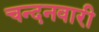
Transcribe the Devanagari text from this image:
चन्दनवारी